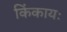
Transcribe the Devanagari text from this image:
किंकायः